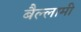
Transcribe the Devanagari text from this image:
बैल्लामी